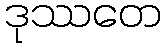
ဒုဿတေ